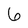
Character: 6